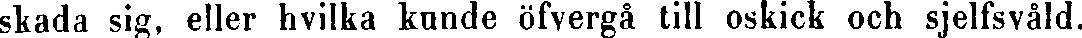
skada sig, eller hvilka kunde öfvergå till oskick och sjelfsvåld.